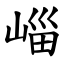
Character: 崰